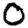
Digit: 0